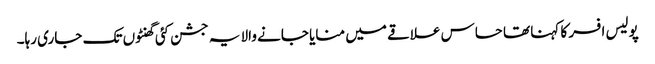
پولیس افسر کا کہنا تھا حساس علاقے میں منایا جانے والا یہ جشن کئی گھنٹوں تک جاری رہا۔